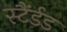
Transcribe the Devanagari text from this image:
स्टैंर्डड